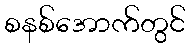
စနစ်အောက်တွင်